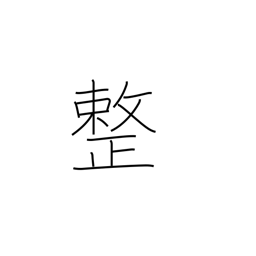
Meaning: meter